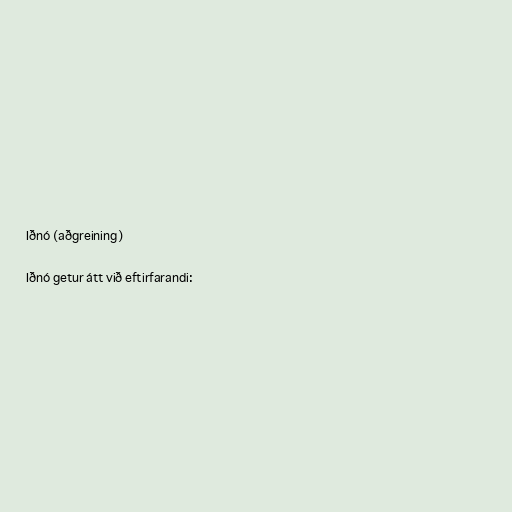
Iðnó (aðgreining)

Iðnó getur átt við eftirfarandi: